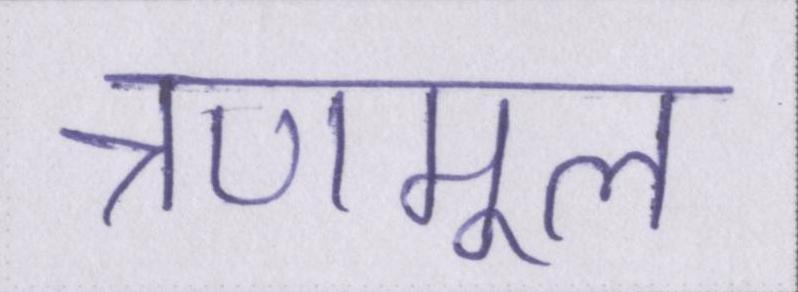
त्रणमूल